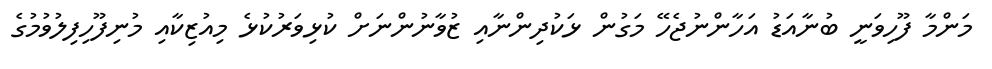
މަންމާ ފޫހިވަނީ ބުނާއަޑު އަހާންނުޖެހޭ މަގުން ޅަކުދިންނާއި ޒުވާނުންނަށް ކުޅިވަރުކުޅެ މިއުޒިކާއި މުނިފޫހިފިލުވުމުގެ